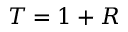
T = 1 + R